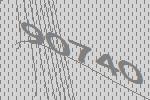
90740